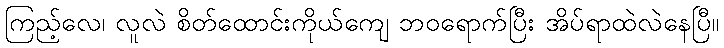
ကြည့်လေ၊ လူလဲ စိတ်ထောင်းကိုယ်ကျေ ဘဝရောက်ပြီး အိပ်ရာထဲလဲနေပြီ။